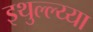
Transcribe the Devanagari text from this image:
इथुल्ल्य्या